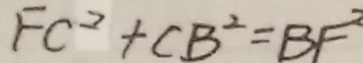
F C ^ { 2 } + C B ^ { 2 } = B F ^ { 2 }